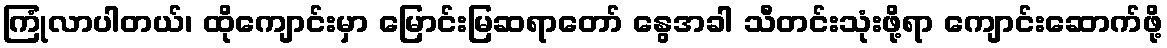
ကြုံလာပါတယ်၊ ထိုကျောင်းမှာ မြောင်းမြဆရာတော် နွေအခါ သီတင်းသုံးဖို့ရာ ကျောင်းဆောက်ဖို့